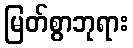
မြတ်စွာဘုရား